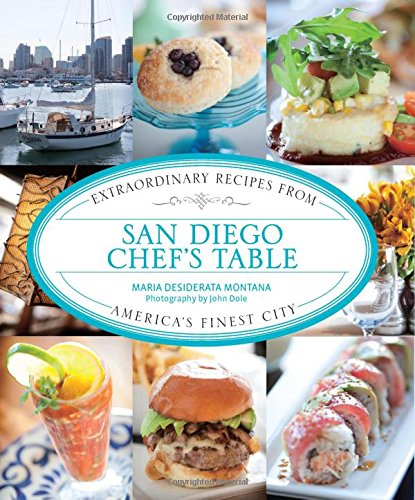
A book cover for San Diego Chef's Table: Extraordinary Recipes From America's Finest City; Maria Desiderata Montana; Cookbooks, Food & Wine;